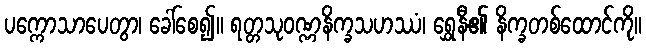
ပက္ကောသာပေတွာ၊ ခေါ်စေ၍။ ရတ္တသုဝဏ္ဏနိက္ခသဟဿံ၊ ရွှေနီ၏ နိက္ခတစ်ထောင်ကို။